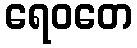
ရေဝတေ